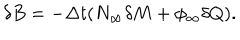
\delta B = - \Delta t ( N _ { \infty } \delta M + \phi _ { \infty } \delta Q ) .